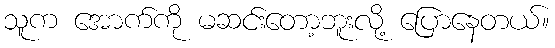
သူက အောက်ကို မဆင်းတော့ဘူးလို့ ပြောနေတယ်။